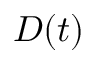
D ( t )